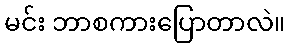
မင်း ဘာစကားပြောတာလဲ။